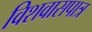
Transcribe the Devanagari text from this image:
विशवासपात्र